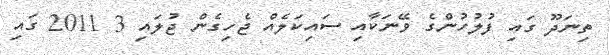
ތިނަދޫ ގައި ފުލުހުންގެ ވޭނަކާއި ސައިކަލެއް ޖެހިގެން ޖުލައި 3 2011 ގައި